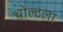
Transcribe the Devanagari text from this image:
बोल्टला